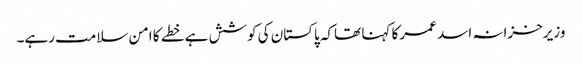
وزیرخزانہ اسد عمر کا کہنا تھاکہ پاکستان کی کوشش ہے خطے کا امن سلامت رہے۔